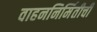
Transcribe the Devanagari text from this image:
वाहननिर्मितीची